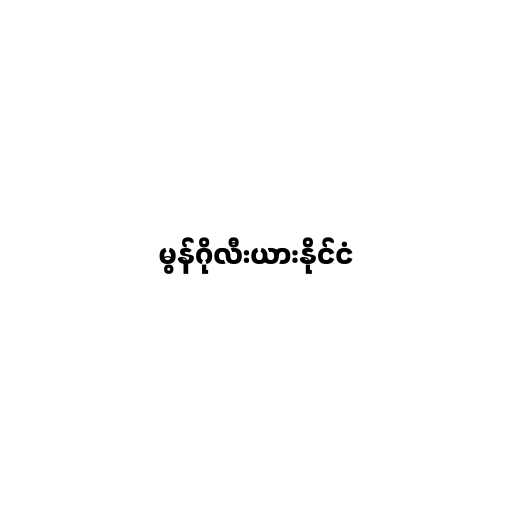
မွန်ဂိုလီးယားနိုင်ငံ